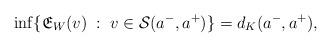
LaTeX: \begin{align*}\inf\{\mathfrak{E}_{W}({v})\;:\;{v}\in\mathcal{S}(a^-,a^+)\}=d_K(a^-,a^+),\end{align*}